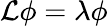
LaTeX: \mathcal{L}\phi=\lambda\phi